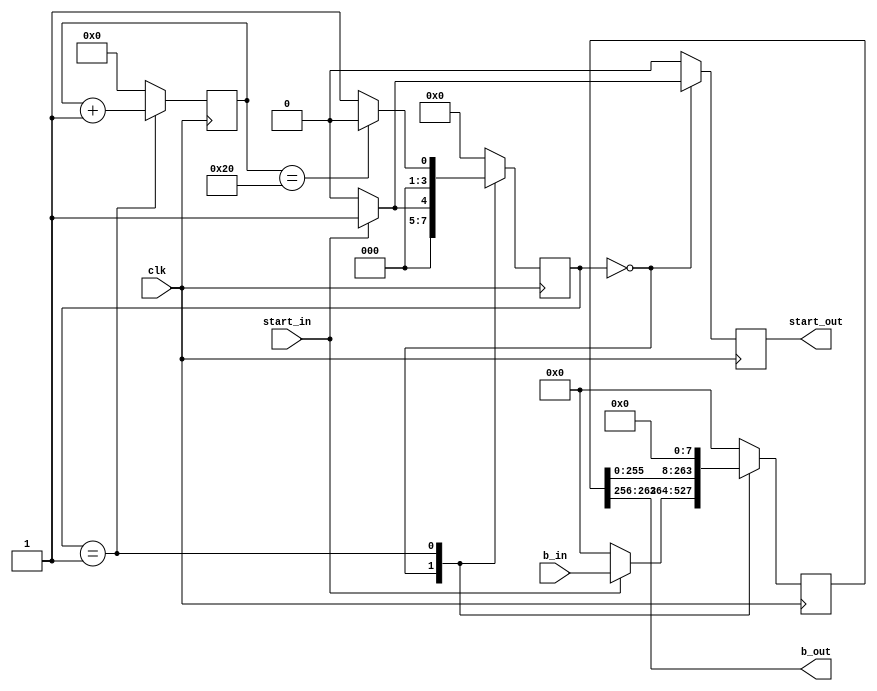
`timescale 1ns / 1ps
//////////////////////////////////////////////////////////////////////////////////
// Company:
// Engineer:
//
// Design Name:
// Module Name: buffer
// Project Name:
// Target Devices:
// Tool Versions:
// Description:
//
// Dependencies:
//
// Revision:
// Revision 0.01 - File Created
// Additional Comments:
//
//////////////////////////////////////////////////////////////////////////////////


module buff #(
    parameter DATA_BITS = 264,
    parameter BITS = 8
    )(
    input clk,
    input start_in,
    input [DATA_BITS-1:0] b_in,
    output reg start_out,
    output  [BITS-1:0] b_out
    );

    reg [3:0] state;
    localparam IDLE=0, STARTS=1;
    localparam COUNT = DATA_BITS/BITS;
    
    reg [16:0] counter;
    reg [DATA_BITS-1:0] temp;

    always @(posedge clk) begin
        case (state)
            IDLE: begin
                counter <= 0;
                start_out <= 0;
                if (start_in) begin
                    state <= STARTS;
                    start_out <= 1'b1;
                    temp <= b_in;
                end else begin
                    state <= IDLE;
                    temp <= 0;
                end
            end
            STARTS: begin
                start_out <= 0;
                counter <= counter + 1'b1;
                temp <= temp << 8;
                if (counter == COUNT-1)
                    state <= IDLE;
                else
                    state <= STARTS;
            end
            default: begin
                counter <= 0;
                start_out <= 0;
                temp <= 0;
                state <= IDLE;
            end
        endcase
    end

    assign b_out = temp[DATA_BITS-1:DATA_BITS-BITS];

endmodule